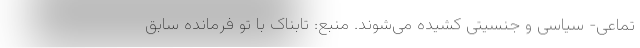
تماعی- سیاسی و جنسیتی کشیده می‌شوند. منبع: تابناک با تو فرمانده سابق